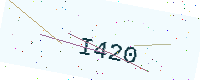
Text: I420